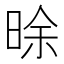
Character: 𣇞